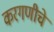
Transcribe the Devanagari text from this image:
करगणीचे